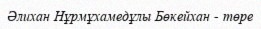
Әлихан Нұрмұхамедұлы Бөкейхан - төре